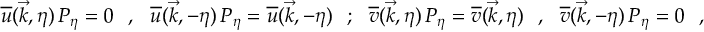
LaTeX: \overline { { { u } } } ( \vec { k } , \eta ) \, P _ { \eta } = 0 \ \ , \ \ \overline { { { u } } } ( \vec { k } , - \eta ) \, P _ { \eta } = \overline { { { u } } } ( \vec { k } , - \eta ) \ \ ; \ \ \overline { { { v } } } ( \vec { k } , \eta ) \, P _ { \eta } = \overline { { { v } } } ( \vec { k } , \eta ) \ \ , \ \ \overline { { { v } } } ( \vec { k } , - \eta ) \, P _ { \eta } = 0 \ \ ,